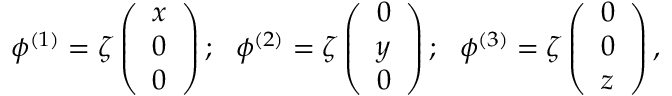
\phi ^ { ( 1 ) } = \zeta \left( \begin{array} { c } { { x } } \\ { { 0 } } \\ { { 0 } } \end{array} \right) ; \ \ \phi ^ { ( 2 ) } = \zeta \left( \begin{array} { c } { { 0 } } \\ { { y } } \\ { { 0 } } \end{array} \right) ; \ \ \phi ^ { ( 3 ) } = \zeta \left( \begin{array} { c } { { 0 } } \\ { { 0 } } \\ { { z } } \end{array} \right) ,